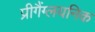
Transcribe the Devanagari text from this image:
प्रीगैंग्लयनिक